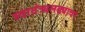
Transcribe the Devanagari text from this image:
स्वातंत्र्यलढ्यावर